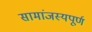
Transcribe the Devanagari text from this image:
सामांजस्यपूर्ण